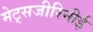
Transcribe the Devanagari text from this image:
मेट्सजीरिनीई